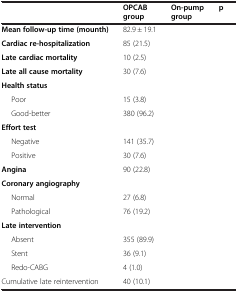
<table><thead><tr><td>[EMPTY_CELL]</td><td><b>OPCAB group</b></td><td><b>On-pump group</b></td><td><b>p</b></td></tr></thead><tbody><tr><td><b>Mean follow </b><b><i>- </i></b><b>up time (mounth)</b></td><td>82.9 ± 19.1</td><td>[EMPTY_CELL]</td><td>[EMPTY_CELL]</td></tr><tr><td><b>Cardiac re-hospitalization</b></td><td>85 (21.5)</td><td>[EMPTY_CELL]</td><td>[EMPTY_CELL]</td></tr><tr><td><b>Late cardiac mortality</b></td><td>10 (2.5)</td><td>[EMPTY_CELL]</td><td>[EMPTY_CELL]</td></tr><tr><td><b>Late all cause mortality</b></td><td>30 (7.6)</td><td>[EMPTY_CELL]</td><td>[EMPTY_CELL]</td></tr><tr><td><b>Health status</b></td><td>[EMPTY_CELL]</td><td>[EMPTY_CELL]</td><td>[EMPTY_CELL]</td></tr><tr><td>Poor</td><td>15 (3.8)</td><td>[EMPTY_CELL]</td><td>[EMPTY_CELL]</td></tr><tr><td>Good-better</td><td>380 (96.2)</td><td>[EMPTY_CELL]</td><td>[EMPTY_CELL]</td></tr><tr><td><b>Effort test</b></td><td>[EMPTY_CELL]</td><td>[EMPTY_CELL]</td><td>[EMPTY_CELL]</td></tr><tr><td>Negative</td><td>141 (35.7)</td><td>[EMPTY_CELL]</td><td>[EMPTY_CELL]</td></tr><tr><td>Positive</td><td>30 (7.6)</td><td>[EMPTY_CELL]</td><td>[EMPTY_CELL]</td></tr><tr><td><b>Angina</b></td><td>90 (22.8)</td><td>[EMPTY_CELL]</td><td>[EMPTY_CELL]</td></tr><tr><td><b>Coronary angiography</b></td><td>[EMPTY_CELL]</td><td>[EMPTY_CELL]</td><td>[EMPTY_CELL]</td></tr><tr><td>Normal</td><td>27 (6.8)</td><td>[EMPTY_CELL]</td><td>[EMPTY_CELL]</td></tr><tr><td>Pathological</td><td>76 (19.2)</td><td>[EMPTY_CELL]</td><td>[EMPTY_CELL]</td></tr><tr><td><b>Late intervention</b></td><td>[EMPTY_CELL]</td><td>[EMPTY_CELL]</td><td>[EMPTY_CELL]</td></tr><tr><td>Absent</td><td>355 (89.9)</td><td>[EMPTY_CELL]</td><td>[EMPTY_CELL]</td></tr><tr><td>Stent</td><td>36 (9.1)</td><td>[EMPTY_CELL]</td><td>[EMPTY_CELL]</td></tr><tr><td>Redo-CABG</td><td>4 (1.0)</td><td>[EMPTY_CELL]</td><td>[EMPTY_CELL]</td></tr><tr><td>Cumulative late reintervention</td><td>40 (10.1)</td><td>[EMPTY_CELL]</td><td>[EMPTY_CELL]</td></tr></tbody></table>